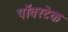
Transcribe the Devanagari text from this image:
पॉवरटेक